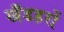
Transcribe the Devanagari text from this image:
खँडहरों